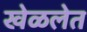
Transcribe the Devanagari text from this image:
खेळलेत